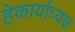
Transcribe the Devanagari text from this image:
हेकार्याध्यक्ष